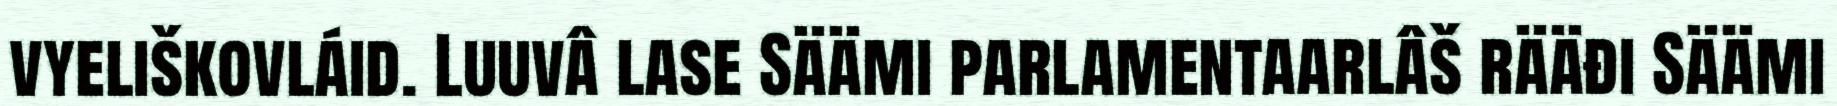
vyeliškovláid. Luuvâ lase Säämi parlamentaarlâš rääđi Säämi